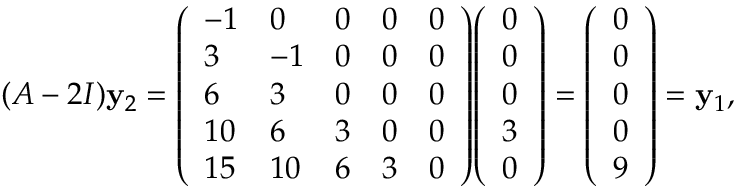
( A - 2 I ) \mathbf { y } _ { 2 } = { \left( \begin{array} { l l l l l } { - 1 } & { 0 } & { 0 } & { 0 } & { 0 } \\ { 3 } & { - 1 } & { 0 } & { 0 } & { 0 } \\ { 6 } & { 3 } & { 0 } & { 0 } & { 0 } \\ { 1 0 } & { 6 } & { 3 } & { 0 } & { 0 } \\ { 1 5 } & { 1 0 } & { 6 } & { 3 } & { 0 } \end{array} \right) } { \left( \begin{array} { l } { 0 } \\ { 0 } \\ { 0 } \\ { 3 } \\ { 0 } \end{array} \right) } = { \left( \begin{array} { l } { 0 } \\ { 0 } \\ { 0 } \\ { 0 } \\ { 9 } \end{array} \right) } = \mathbf { y } _ { 1 } ,